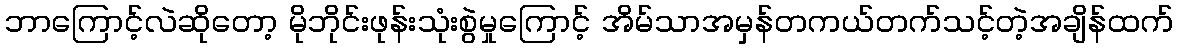
ဘာကြောင့်လဲဆိုတော့ မိုဘိုင်းဖုန်းသုံးစွဲမှုကြောင့် အိမ်သာအမှန်တကယ်တက်သင့်တဲ့အချိန်ထက်